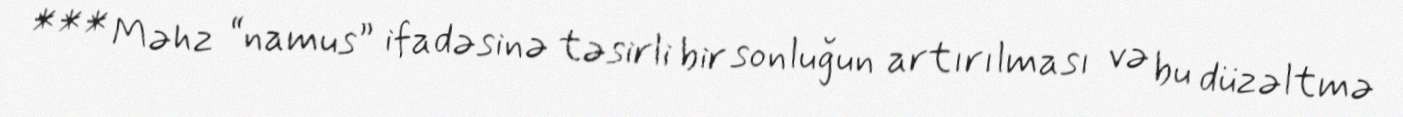
*** Məhz “namus” ifadəsinə təsirli bir sonluğun artırılması və bu düzəltmə